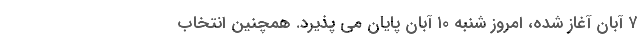
۷ آبان آغاز شده، امروز شنبه ۱۰ آبان پایان می پذیرد. همچنین انتخاب